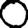
Digit: 0